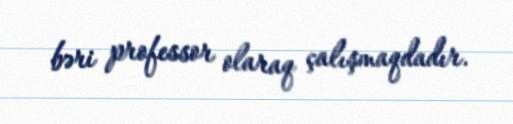
bəri professor olaraq çalışmaqdadır.